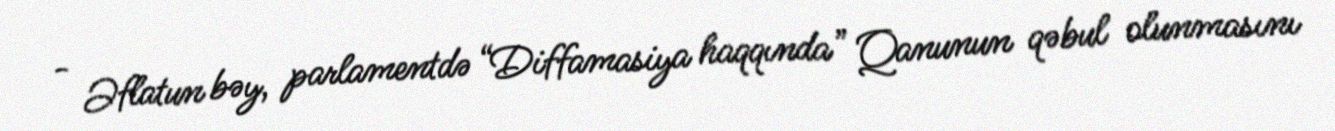
- Əflatun bəy, parlamentdə “Diffamasiya haqqında” Qanunun qəbul olunmasını